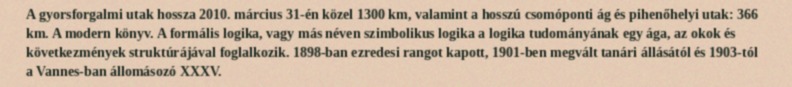
A gyorsforgalmi utak hossza 2010. március 31-én közel 1300 km, valamint a hosszú csomóponti ág és pihenőhelyi utak: 366 km. A modern könyv. A formális logika, vagy más néven szimbolikus logika a logika tudományának egy ága, az okok és következmények struktúrájával foglalkozik. 1898-ban ezredesi rangot kapott, 1901-ben megvált tanári állásától és 1903-tól a Vannes-ban állomásozó XXXV.